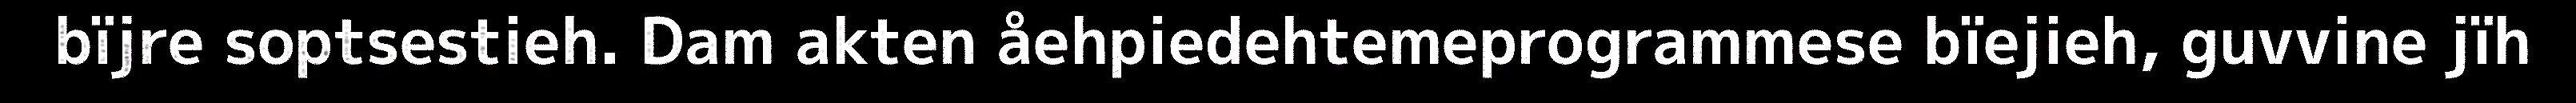
bïjre soptsestieh. Dam akten åehpiedehtemeprogrammese bïejieh, guvvine jïh